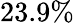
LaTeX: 23.9\%